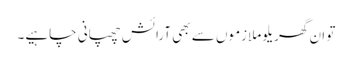
تو ان گھریلو ملازموں سے بھی آرائش چھپانی چاہیے۔